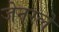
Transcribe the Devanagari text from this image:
जेनरले